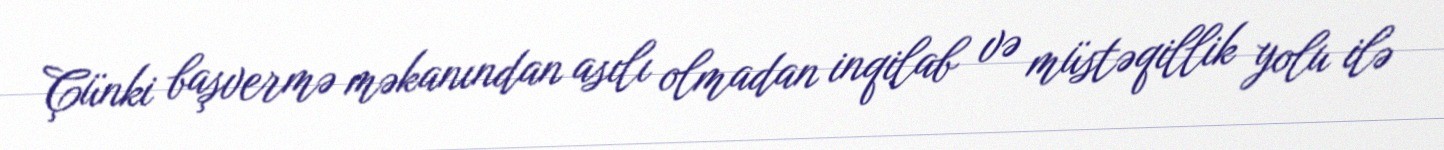
Çünki başvermə məkanından asılı olmadan inqilab və müstəqillik yolu ilə